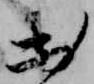
出